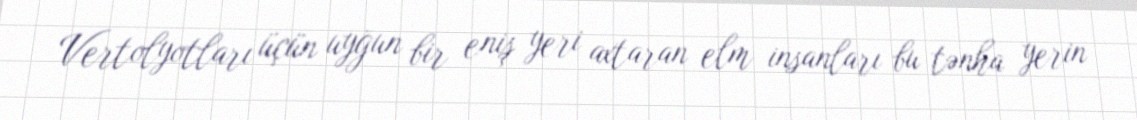
Vertolyotları üçün uyğun bir eniş yeri axtaran elm insanları bu tənha yerin